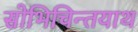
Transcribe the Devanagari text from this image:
सोभिचिन्तयाथ